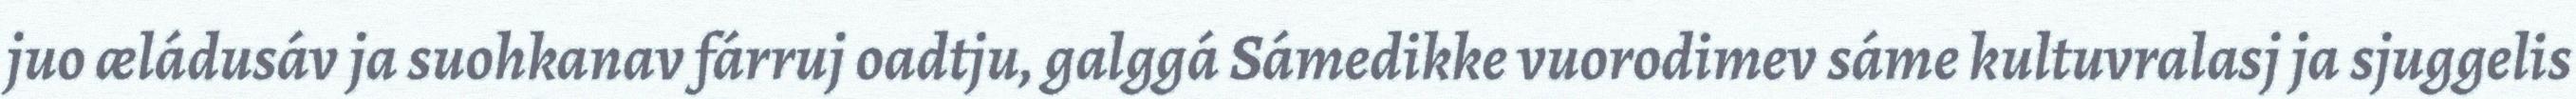
juo æládusáv ja suohkanav fárruj oadtju, galggá Sámedikke vuorodimev sáme kultuvralasj ja sjuggelis